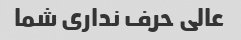
عالی حرف نداری شما